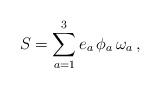
LaTeX: \begin{align*}S =\sum_{a=1}^3 e_a\,\phi_{a} \,\omega_a \,,\end{align*}